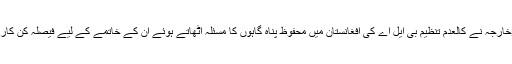
اس موقعے پر وزیرخارجہ نے کالعدم تنظیم بی ایل اے کی افغانستان میں محفوظ پناہ گاہوں کا مسئلہ اٹھاتے ہوئے ان کے خاتمے کے لیے فیصلہ کن کارروائی کا مطالبہ کیا۔